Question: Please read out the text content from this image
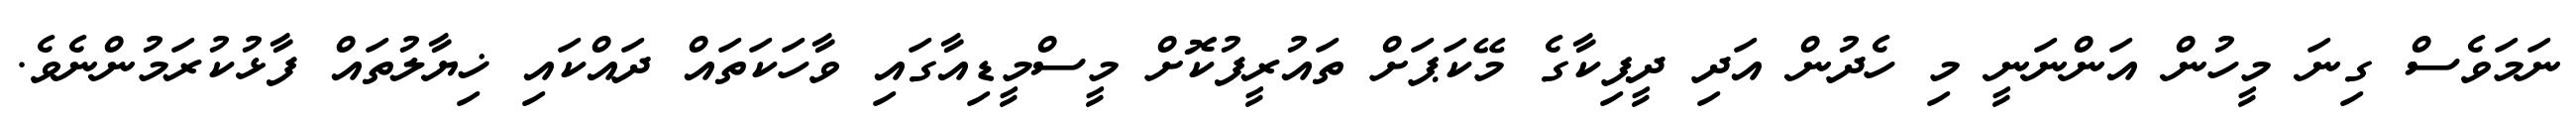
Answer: ނަމަވެސް ގިނަ މީހުން އަންނަނީ މި ހެދުން އަދި ދީޕިކާގެ މޭކަޕަށް ތައުރީފުކޮށް މީސްމީޑިއާގައި ވާހަކަތައް ދައްކައި ޚިޔާލުތައް ފާޅުކުރަމުންނެވެ.